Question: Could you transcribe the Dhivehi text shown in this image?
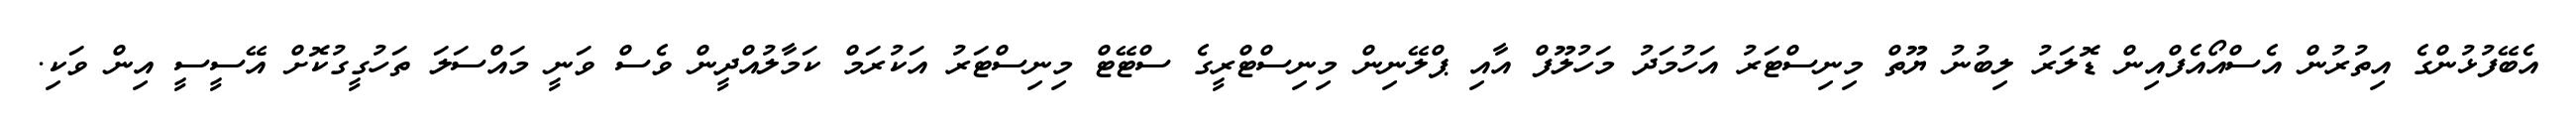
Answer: އެބޭފުޅުންގެ އިތުރުން އެސްއޯއެފްއިން ޑޮލަރު ލިބުނު ޔޫތް މިނިސްޓަރު އަހުމަދު މަހުލޫފް އާއި ޕްލޭނިން މިނިސްޓްރީގެ ސްޓޭޓް މިނިސްޓަރު އަކުރަމް ކަމާލުއްދީން ވެސް ވަނީ މައްސަލަ ތަހުގީގުކޮށް އޭސީސީ އިން ވަކި.